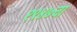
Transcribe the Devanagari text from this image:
१९४७चा